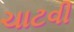
ચાટવી